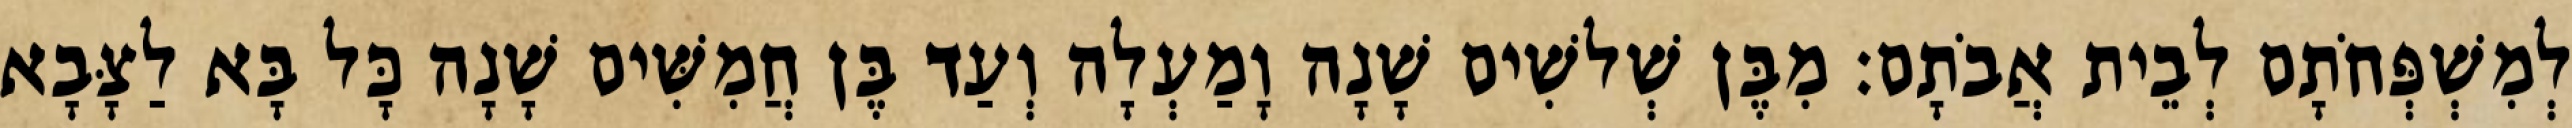
לְמִשְׁפְּחֹתָם לְבֵית אֲבֹתָם׃ מִבֶּן שְׁלשִׁים שָׁנָה וָמַעְלָה וְעַד בֶּן חֲמִשִּׁים שָׁנָה כָּל בָּא לַצָּבָא